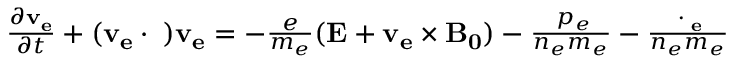
\begin{array} { r } { \frac { \partial \mathbf { v _ { e } } } { \partial t } + ( \mathbf { v _ { e } } \cdot \triangledown ) \mathbf { v _ { e } } = - \frac { e } { m _ { e } } ( \mathbf { E } + \mathbf { v _ { e } } \times \mathbf { B _ { 0 } } ) - \frac { \triangledown p _ { e } } { n _ { e } m _ { e } } - \frac { \triangledown \cdot { \bf \Pi _ { e } } } { n _ { e } m _ { e } } } \end{array}